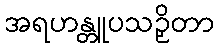
အရဟန္တူပသဉှိတာ